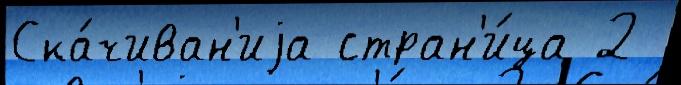
Ска́чиван'иjа стран'и́ца 2